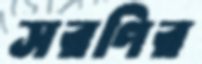
সরণির